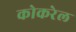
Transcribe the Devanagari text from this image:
कोकरेल